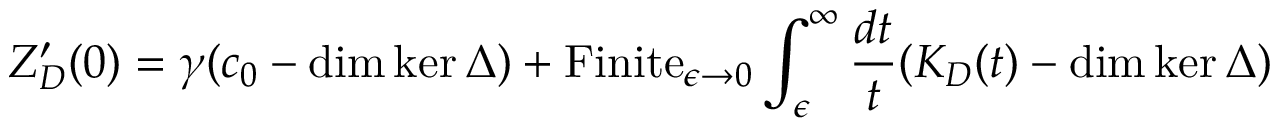
Z _ { D } ^ { \prime } ( 0 ) = \gamma ( c _ { 0 } - \dim \ker \Delta ) + \mathrm { F i n i t e } _ { \epsilon \to 0 } \int _ { \epsilon } ^ { \infty } { \frac { d t } { t } } ( K _ { D } ( t ) - \dim \ker \Delta )